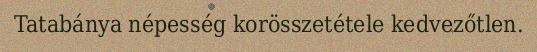
Tatabánya népesség korösszetétele kedvezőtlen.